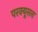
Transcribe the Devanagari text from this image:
परक्यूसन